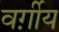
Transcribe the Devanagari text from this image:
वर्ग़ीय